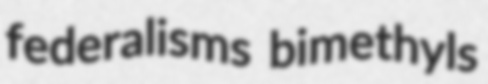
federalisms bimethyls